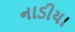
નાડીયા